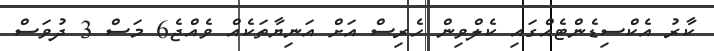
ކާރު އެކްސިޑެންޓެއްގައި ކެލްވިން ހެރިސް އަށް އަނިޔާތަކެއް ވެއްޖެ6 މަސް 3 ދުވަސް